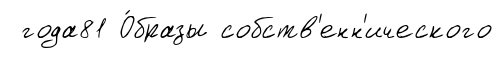
года81 О́бразы собств'енн'ического